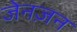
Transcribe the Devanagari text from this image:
जेनज़न